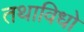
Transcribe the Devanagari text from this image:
तथाविधो